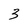
Character: 3